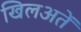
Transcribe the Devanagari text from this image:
खिलअतें